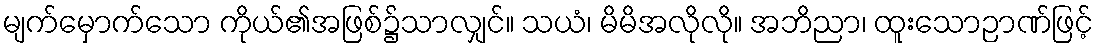
မျက်မှောက်သော ကိုယ်၏အဖြစ်၌သာလျှင်။ သယံ၊ မိမိအလိုလို။ အဘိညာ၊ ထူးသောဉာဏ်ဖြင့်